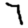
Digit: 7